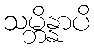
သမ္ဘိန္နာပိ